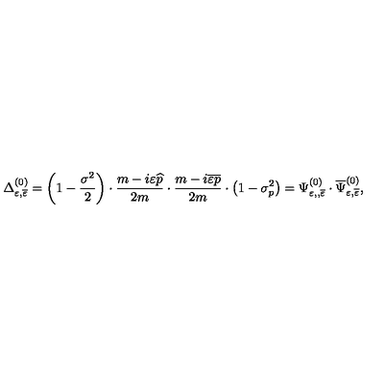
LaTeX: \Delta _ { \varepsilon , \overline { { \varepsilon } } } ^ { ( 0 ) } = \left( 1 - \frac { \sigma ^ { 2 } } 2 \right) \cdot \frac { m - i \varepsilon \widehat { p } } { 2 m } \cdot \frac { m - i \overline { { \varepsilon } } \overline { { p } } } { 2 m } \cdot \left( 1 - \sigma _ { p } ^ { 2 } \right) = \Psi _ { \varepsilon , , \overline { { \varepsilon } } } ^ { ( 0 ) } \cdot \overline { { \Psi } } _ { \varepsilon , \overline { { \varepsilon } } } ^ { ( 0 ) } ,